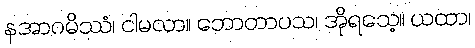
နအာဂမိဿံ၊ ငါမလာ။ ဘောတာပသ၊ အိုရသေ့။ ယထာ၊